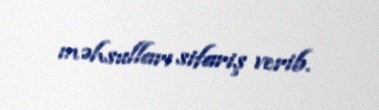
məhsulları sifariş verib.